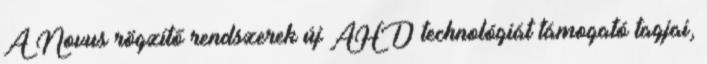
A Novus rögzítő rendszerek új AHD technológiát támogató tagjai,